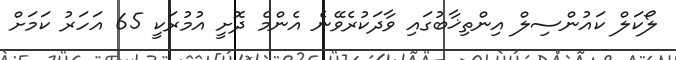
ލޯކަލް ކައުންސިލް އިންތިޚާބުގައި ވާދަކުރެވޭނެ އެންމެ ދޮށީ އުމުރަކީ 65 އަހަރު ކަމަށް